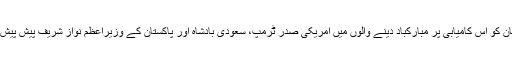
اردگان کو اس کامیابی پر مبارکباد دینے والوں میں امریکی صدر ٹرمپ، سعودی بادشاہ اور پاکستان کے وزیراعظم نواز شریف پیش پیش ہیں۔